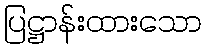
ပြဋ္ဌာန်းထားသော